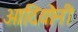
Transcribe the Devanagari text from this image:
आदियोनी